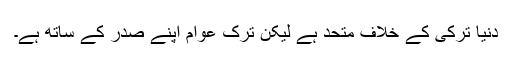
دنیا ترکی کے خلاف متحد ہے لیکن ترک عوام اپنے صدر کے ساتھ ہے۔